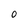
Character: 0